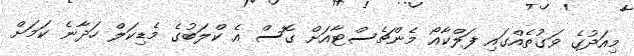
މިއަދުގެ ވަގުތެއްގައި ފަލްކާއޯ މެންޗެސްޓާއަށް ގޮސް އެ ކްލަބުގެ މެޑިކަލް ހަދާނެ ކަމަށް